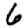
Digit: 6